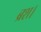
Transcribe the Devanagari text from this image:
ब्रश।